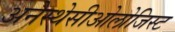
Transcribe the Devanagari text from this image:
अनेस्थेसीओलोजिस्ट